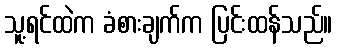
သူ့ရင်ထဲက ခံစားချက်က ပြင်းထန်သည်။